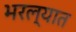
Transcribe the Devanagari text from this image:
भरल्यात